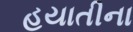
હયાતીના